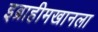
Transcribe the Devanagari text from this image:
इब्राहीमखानला